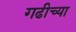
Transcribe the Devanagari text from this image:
गढीच्या